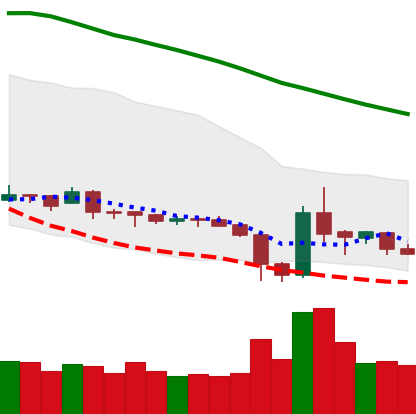
Ticker: XRP-USD
Chart end date: 2019-02-04
Forward return: 3.693%
Label: up_3_5